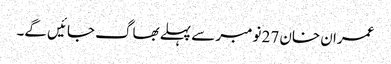
عمران خان 27 نومبر سے پہلے بھاگ جائیں گے۔